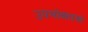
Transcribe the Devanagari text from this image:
उपभोक्‍ताओ